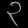
Digit: ၃